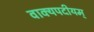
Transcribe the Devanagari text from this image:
वाक्यपदीयम्